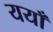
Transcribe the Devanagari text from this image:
ययाँ